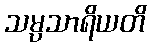
သမ္ပသာရိယတိ